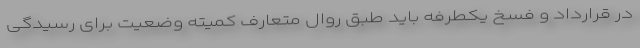
در قرارداد و فسخ یکطرفه باید طبق روال متعارف کمیته وضعیت برای رسیدگی